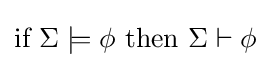
{\text{if }}\Sigma \models \phi {\text{ then }}\Sigma \vdash \phi